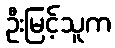
ဦးမြင့်သူက